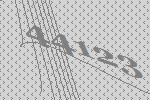
44123